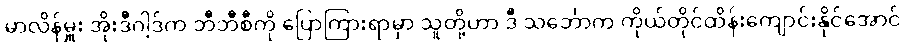
မာလိန်မှူး အိုးဒီဂါ့ဒ်က ဘီဘီစီကို ပြောကြားရာမှာ သူတို့ဟာ ဒီ သင်္ဘောက ကိုယ်တိုင်ထိန်းကျောင်းနိုင်အောင်